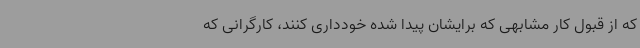
که از قبول کار مشابهی که برایشان پیدا شده خودداری کنند، کارگرانی که